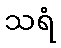
သရံ